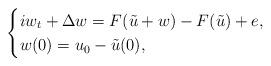
LaTeX: \begin{align*} \begin{cases} iw_t+\Delta w=F(\tilde{u}+w)-F(\tilde{u})+e,\\ w(0)=u_0-\tilde{u}(0), \end{cases} \end{align*}